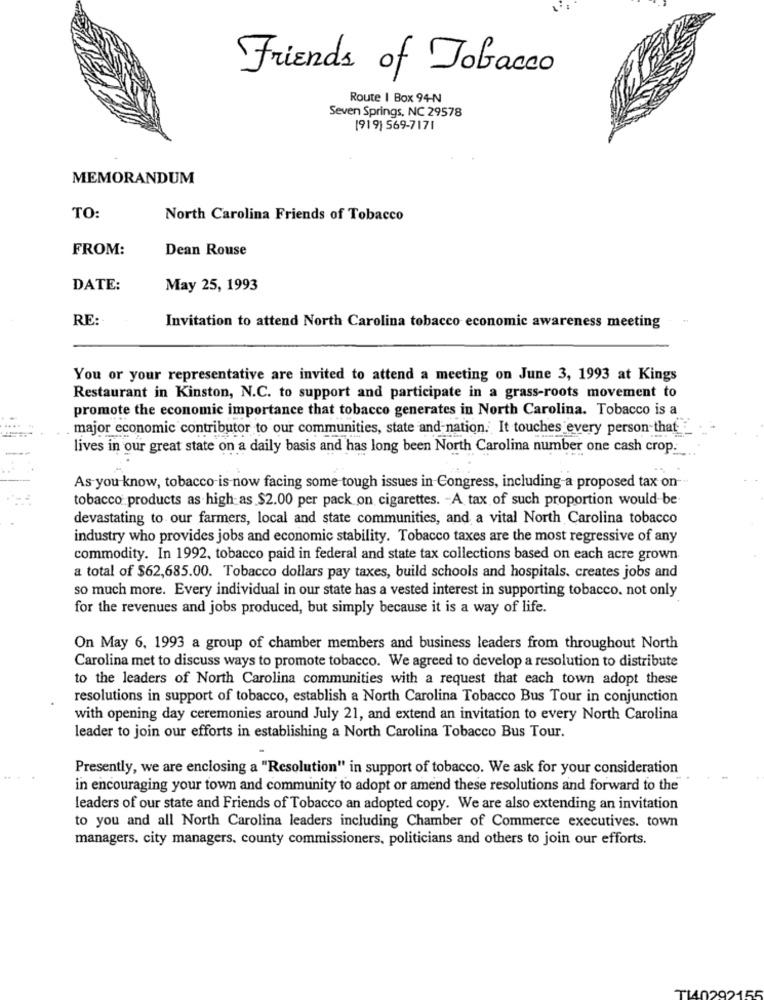
Friends of Tobacco
Route I Box 94-N
Seven Springs, NC 29578
[919) 569-7171
MEMORANDUM
TO:
North Carolina Friends of Tobacco
FROM:
Dean Rouse
DATE:
May 25, 1993
RE:
Invitation to attend North Carolina tobacco economic awareness meeting
You or your representative are invited to attend a meeting on June 3, 1993 at Kings
Restaurant in Kinston, N.C. to support and participate in a grass-roots movement to
promote the economic importance that tobacco generates in North Carolina. Tobacco is a
major economic contributor to our communities, state and nation. It touches every person that- _
lives in our great state on a daily basis and has long been North Carolina number one cash crop.
As you know, tobacco-is now facing some tough issues in Congress, including a proposed tax on-
tobacco products as high as $2.00 per pack on cigarettes. - A tax of such proportion would be
devastating to our farmers, local and state communities, and a vital North Carolina tobacco
industry who provides jobs and economic stability. Tobacco taxes are the most regressive of any
commodity. In 1992, tobacco paid in federal and state tax collections based on each acre grown.
a total of $62,685.00. Tobacco dollars pay taxes, build schools and hospitals. creates jobs and
so much more. Every individual in our state has a vested interest in supporting tobacco. not only
for the revenues and jobs produced, but simply because it is a way of life.
On May 6, 1993 a group of chamber members and business leaders from throughout North
Carolina met to discuss ways to promote tobacco. We agreed to develop a resolution to distribute
to the leaders of North Carolina communities with a request that each town adopt these
resolutions in support of tobacco, establish a North Carolina Tobacco Bus Tour in conjunction
with opening day ceremonies around July 21, and extend an invitation to every North Carolina
leader to join our efforts in establishing a North Carolina Tobacco Bus Tour.
Presently, we are enclosing a "Resolution" in support of tobacco. We ask for your consideration
in encouraging your town and community to adopt or amend these resolutions and forward to the
leaders of our state and Friends of Tobacco an adopted copy. We are also extending an invitation
to you and all North Carolina leaders including Chamber of Commerce executives. town
managers. city managers, county commissioners, politicians and others to join our efforts.